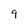
Character: 9